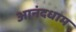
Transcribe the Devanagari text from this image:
आनंदधाम